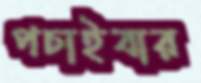
পচাইবার